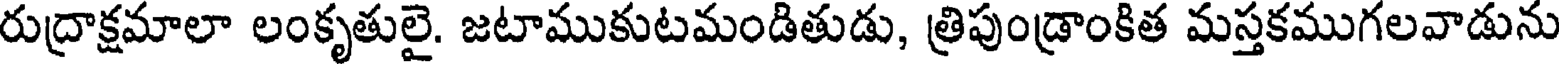
రుద్రాక్షమాలా లంకృతులై. జటాముకుటమండితుడు, త్రిపుండ్రాంకిత మస్తకముగలవాడును